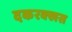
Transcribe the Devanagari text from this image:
दकरक्खस